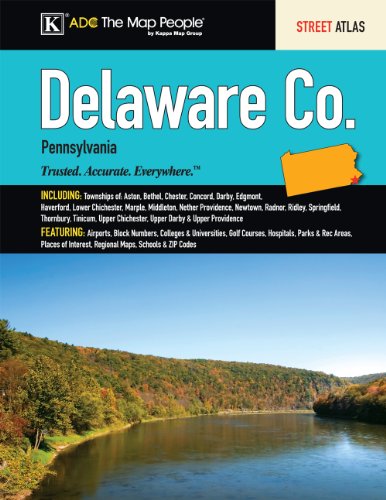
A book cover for Delaware County, PA Street Atlas; Kappa Map Group; Travel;